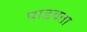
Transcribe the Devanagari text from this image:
पाडवता